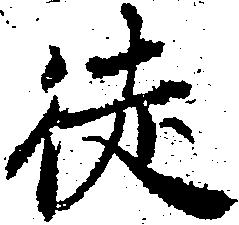
徒